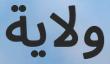
ولاية